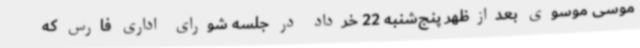
موسی موسوی بعدازظهر پنج‌شنبه 22 خرداد در جلسه شورای اداری فارس که